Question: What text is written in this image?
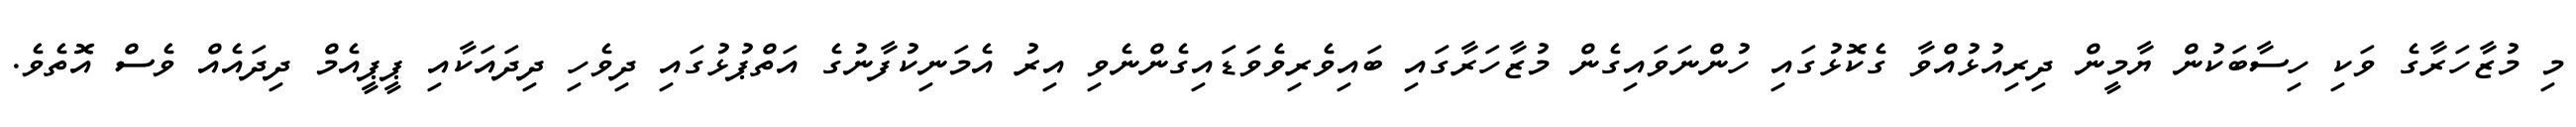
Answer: މި މުޒާހަރާގެ ވަކި ހިސާބަކުން ޔާމީން ދިރިއުޅުއްވާ ގެކޮޅުގައި ހުންނަވައިގެން މުޒާހަރާގައި ބައިވެރިވެވަޑައިގެންނެވި އިރު އެމަނިކުފާނުގެ އަތްޕުޅުގައި ދިވެހި ދިދައަކާއި ޕީޕީއެމް ދިދައެއް ވެސް އޮތެވެ.